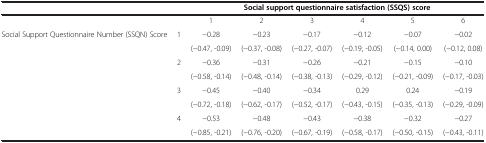
<table><thead><tr><td>[EMPTY_CELL]</td><td>[EMPTY_CELL]</td><td colspan="6"><b>Social support questionnaire satisfaction (SSQS) score</b></td></tr></thead><tbody><tr><td>[EMPTY_CELL]</td><td>[EMPTY_CELL]</td><td>1</td><td>2</td><td>3</td><td>4</td><td>5</td><td>6</td></tr><tr><td rowspan="7">Social Support Questionnaire Number (SSQN) Score</td><td rowspan="2">1</td><td>−0.28</td><td>−0.23</td><td>−0.17</td><td>−0.12</td><td>−0.07</td><td>−0.02</td></tr><tr><td>(−0.47, -0.09)</td><td>(−0.37, -0.08)</td><td>(−0.27, -0.07)</td><td>(−0.19, -0.05)</td><td>(−0.14, 0.00)</td><td>(−0.12, 0.08)</td></tr><tr><td rowspan="2">2</td><td>−0.36</td><td>−0.31</td><td>−0.26</td><td>−0.21</td><td>−0.15</td><td>−0.10</td></tr><tr><td>(−0.58, -0.14)</td><td>(−0.48, -0.14)</td><td>(−0.38, -0.13)</td><td>(−0.29, -0.12)</td><td>(−0.21, -0.09)</td><td>(−0.17, -0.03)</td></tr><tr><td rowspan="2">3</td><td>−0.45</td><td>−0.40</td><td>−0.34</td><td>0.29</td><td>0.24</td><td>−0.19</td></tr><tr><td>(−0.72, -0.18)</td><td>(−0.62, -0.17)</td><td>(−0.52, -0.17)</td><td>(−0.43, -0.15)</td><td>(−0.35, -0.13)</td><td>(−0.29, -0.09)</td></tr><tr><td>4</td><td>−0.53</td><td>−0.48</td><td>−0.43</td><td>−0.38</td><td>−0.32</td><td>−0.27</td></tr><tr><td>[EMPTY_CELL]</td><td>[EMPTY_CELL]</td><td>(−0.85, -0.21)</td><td>(−0.76, -0.20)</td><td>(−0.67, -0.19)</td><td>(−0.58, -0.17)</td><td>(−0.50, -0.15)</td><td>(−0.43, -0.11)</td></tr></tbody></table>